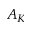
A _ { K }